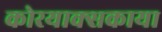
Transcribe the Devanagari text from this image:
कोरयाक्सकाया